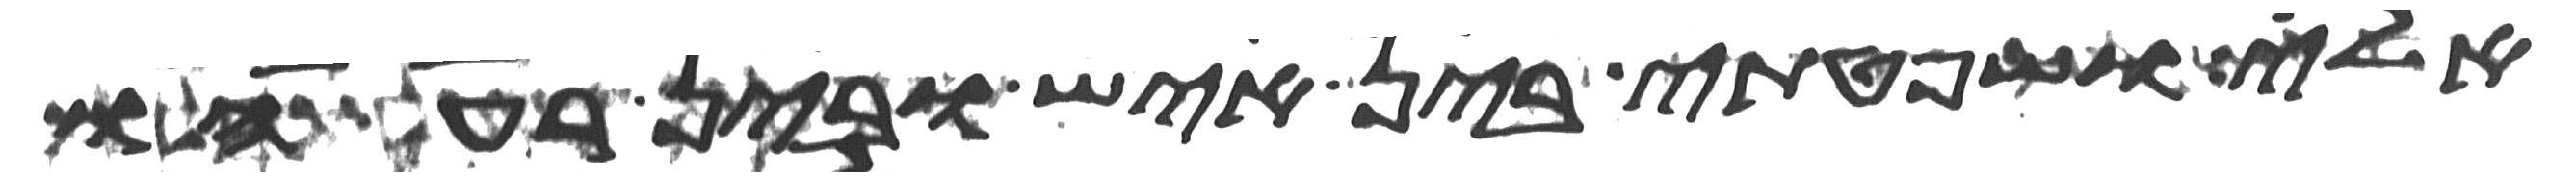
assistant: אלי ושפטתי בין איש ובין רעהו